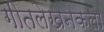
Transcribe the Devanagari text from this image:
गीतलेखनकला